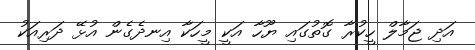
އަދި ޖަމާލް ހީކުރާ ގޮތުގައި ޔޫހާ އަކީ މީހަކާ އިނދެގެން އުޅޭ ދަރިއަކު